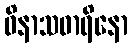
ဝိနာသဓာရိနော